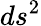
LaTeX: ds^{2}